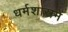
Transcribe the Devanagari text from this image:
धर्मशास्त्रमें